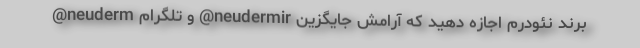
@neuderm و تلگرام @neudermir برند نئودرم اجازه دهید که آرامش جایگزین